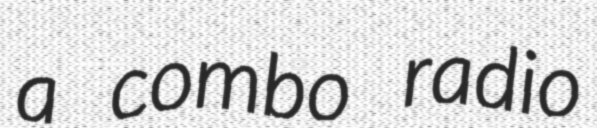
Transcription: a combo radio